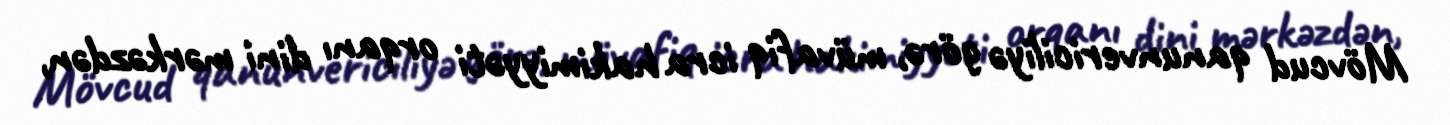
Mövcud qanunvericiliyə görə, müvafiq icra hakimiyyəti orqanı dini mərkəzdən,